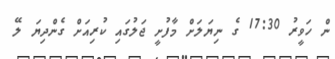
ން ހަވީރު 17:30 ގެ ނިޔަލަށް މާފުށީ ޖަލުގައި ކުރިއަށް ގެންދިޔަ ލޭ